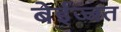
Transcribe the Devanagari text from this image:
बेईज्जत